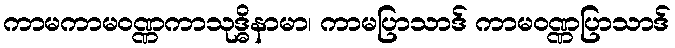
ကာမကာမဝဏ္ဏကာသုဒ္ဓိနာမာ၊ ကာမပြာသာဒ် ကာမဝဏ္ဏပြာသာဒ်